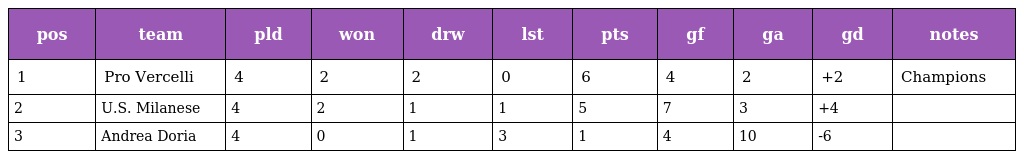
| pos | team | pld | won | drw | lst | pts | gf | ga | gd | notes |
 | --- | --- | --- | --- | --- | --- | --- | --- | --- | --- | --- |
 | 1 | Pro Vercelli | 4 | 2 | 2 | 0 | 6 | 4 | 2 | +2 | Champions |
 | 2 | U.S. Milanese | 4 | 2 | 1 | 1 | 5 | 7 | 3 | +4 |  |
 | 3 | Andrea Doria | 4 | 0 | 1 | 3 | 1 | 4 | 10 | -6 |  |